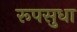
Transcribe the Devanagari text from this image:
रूपसुधा